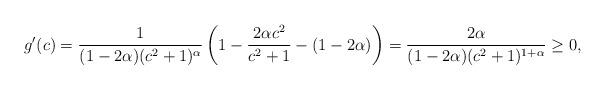
LaTeX: \begin{align*}g'(c) = \frac 1{(1-2\alpha)(c^2+1)^\alpha} \left( 1- \frac {2\alpha c^2}{c^2+1}-(1-2\alpha) \right)= \frac {2\alpha}{(1-2\alpha)(c^2+1)^{1+\alpha}}\ge 0,\end{align*}